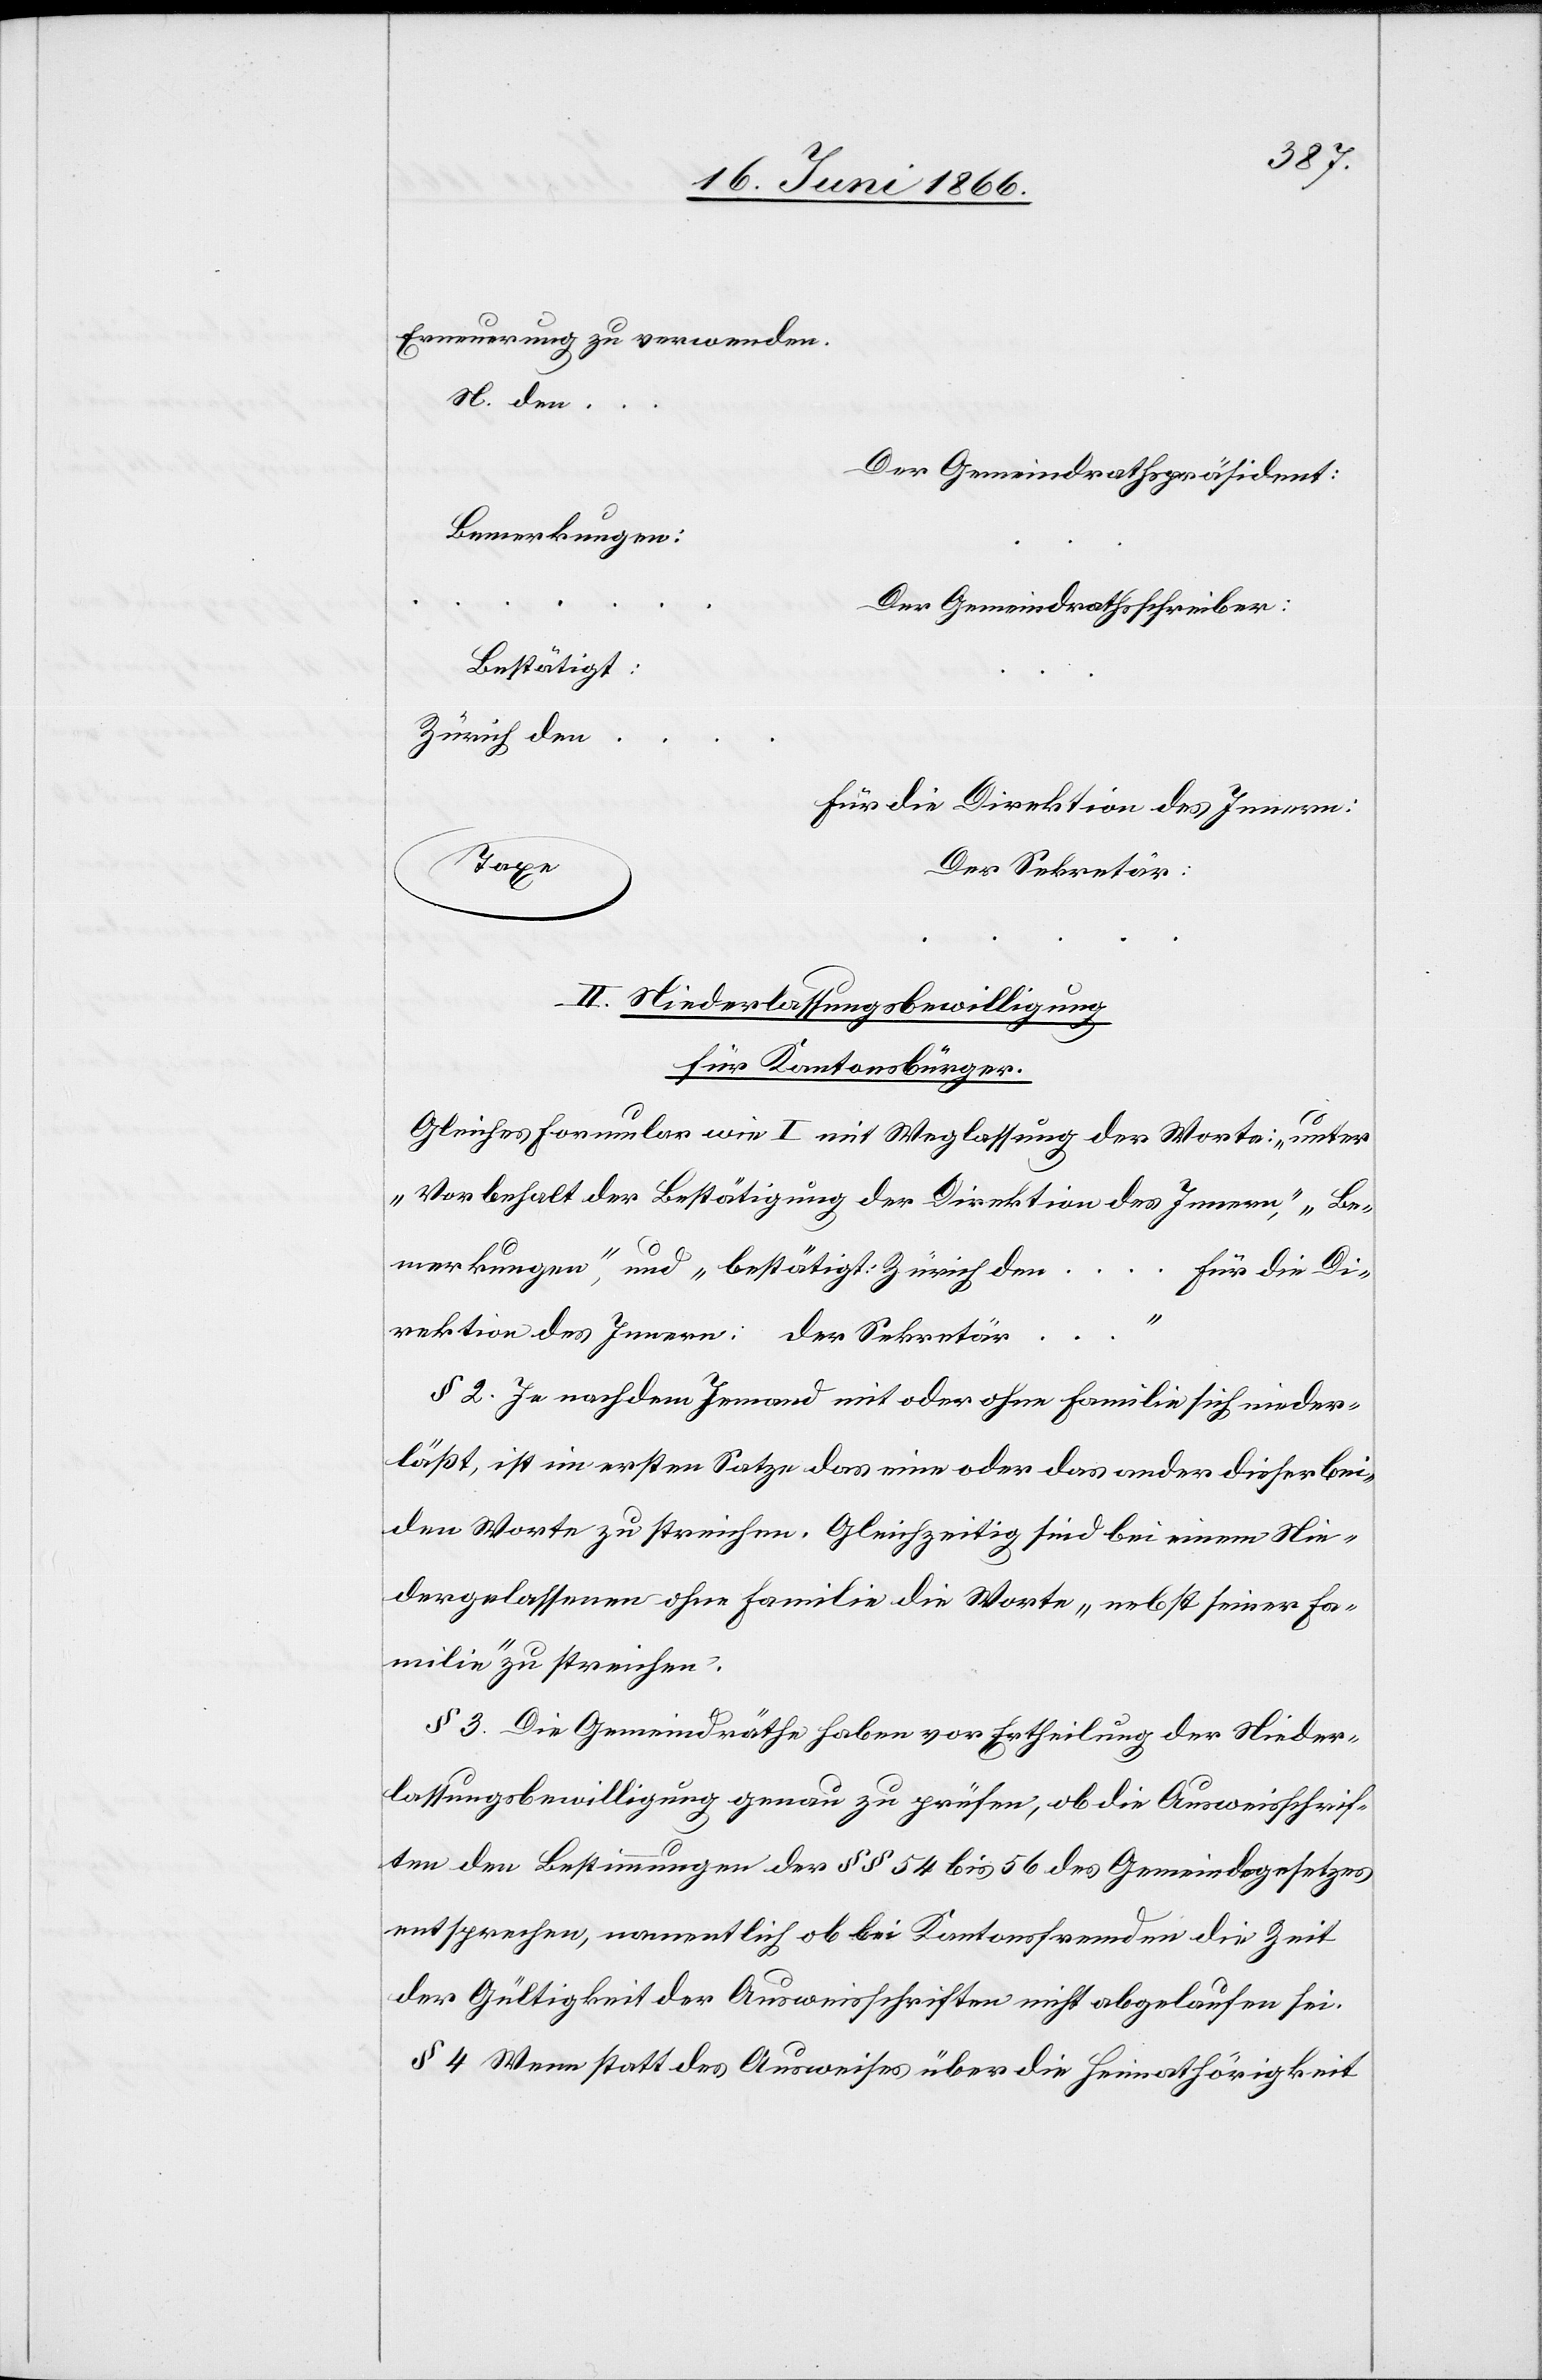
Erneuerung zu verwenden.
N. den…
Der Gemeindrathspräsident:
Bemerkungen:
Der Gemeindrathschreiber:
Bestätigt:
Zürich den
für die Direktion des Innern:
Taxe
Der Sekretär:
II. Niederlassungsbewilligung
für Kantonsbürger.
Gleiches Formular wie I mit Weglassung der Worte: „unter
Vorbehalt der Bestätigung der Direktion des Innern“, „Be¬
merkungen“, und „bestätigt: Zürich den…
für die Di¬
…
rektion des Innern: der Sekretär
§ 2 Je nachdem Jemand mit oder ohne Familie sich nieder¬
läßt, ist im ersten Satze das eine oder andere dieser bei¬
den Worte zu streichen. Gleichzeitig sind bei einem Nie¬
dergelassenen ohne Familie die Worte „nebst seiner Fa¬
milie“ zu streichen.
§ 3 Die Gemeindräthe haben vor Ertheilung der Nieder¬
lassungsbewilligung genau zu prüfen, ob die Ausweisschrif¬
ten den Bestimmungen der § § 54 bis 56 des Gemeindegesetzes
entsprechen, namentlich ob bei Kantonsfremden die Zeit
der Gültigkeit der Ausweisschriften nicht abgelaufen ist.
§ 4 Wenn statt des Ausweises über die Heimathörigkeit